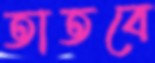
তাতবে